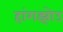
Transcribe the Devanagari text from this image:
हांगझोउ